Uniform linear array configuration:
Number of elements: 24
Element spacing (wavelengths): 0.25
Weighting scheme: kaiser
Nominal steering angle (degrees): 60
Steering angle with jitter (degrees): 61.215
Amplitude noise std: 0.05
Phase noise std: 0.05

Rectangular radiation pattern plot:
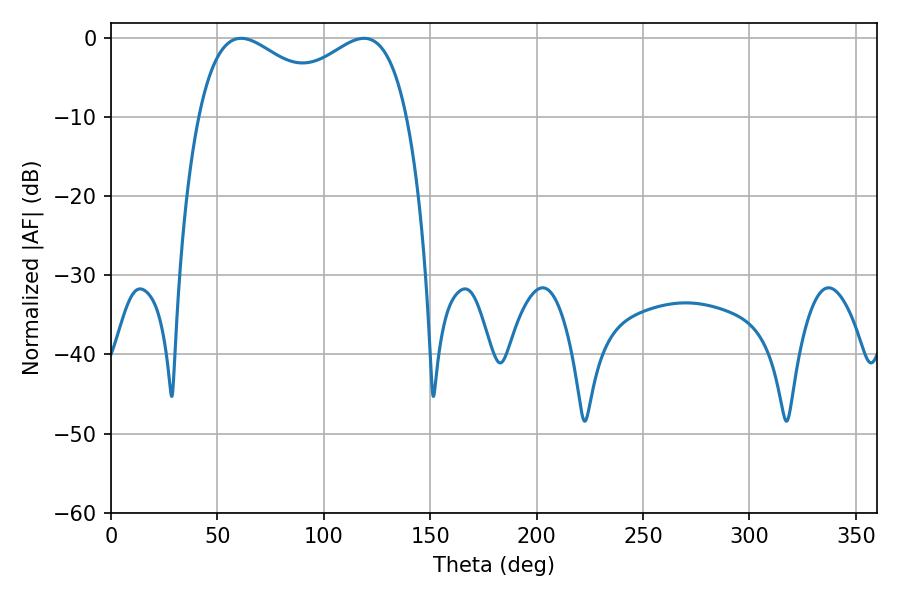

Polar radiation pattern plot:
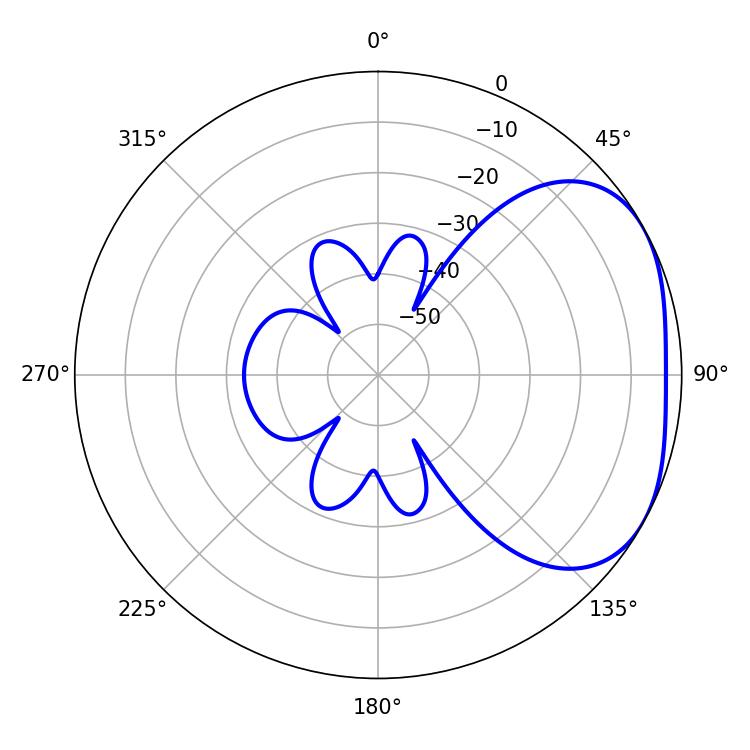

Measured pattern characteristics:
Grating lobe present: FALSE
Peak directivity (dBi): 2.901
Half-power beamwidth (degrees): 37.26
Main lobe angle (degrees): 61.2